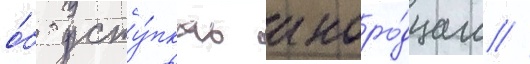
о́б усту́пках иноро́дцам //